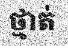
ថ្មាត់